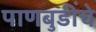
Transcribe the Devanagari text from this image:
पाणबुडींचे